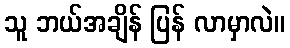
သူ ဘယ်အချိန် ပြန် လာမှာလဲ။